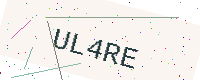
Text: UL4RE